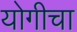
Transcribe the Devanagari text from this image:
योगीचा